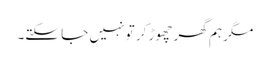
مگر ہم گھر چھوڑ کر تو نہیں جا سکتے۔